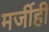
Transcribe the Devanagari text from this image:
मर्जीही